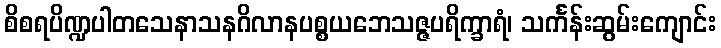
စိစရပိဏ္ဍပါတသေနာသနဂိလာနပစ္စယဘေသဇ္ဇပရိက္ခာရံ၊ သင်္ကန်းဆွမ်းကျောင်း